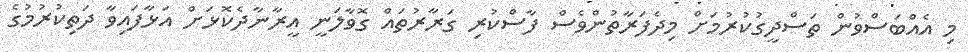
މި އެއްބަސްވުން ތަސްދީގުކުރުމަށް މިދެފަރާތުންވެސް ފާސްކުރި ގަރާރުތައް ގޮވާލަނީ އީރާނާދެކޮޅަށް އަޅާފައިވާ ދަތިކުރުމުގެ